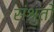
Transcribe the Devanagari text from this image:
संश्रुतो